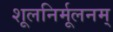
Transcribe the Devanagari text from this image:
शूलनिर्मूलनम्